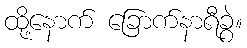
ထို့နောက် ခြောက်နာရီခွဲ။